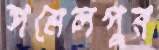
সমেলপুর